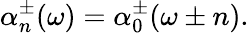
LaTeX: \alpha_{n}^{\pm}(\omega)=\alpha_{0}^{\pm}(\omega\pm n).